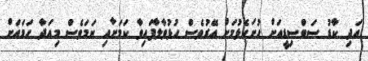
އަދި ކާޑު ސަބްސިޑީއަށް ހުށަހެޅުމަށް އޭރުވެސް ހުޅުވާލާފައިވާ ކަމަށާއި ނަމަވެސް މިއަދާ ހަމައަށް